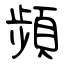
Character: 頻